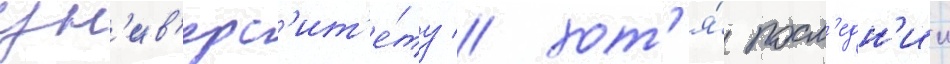
ун'ив'ерс'ит'е́ту / хот'я́ посл'едн'ии